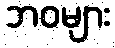
ဘဝများ